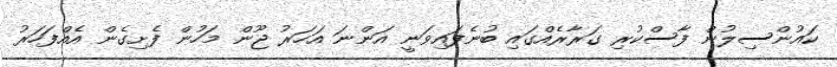
ކައުންސިލުން ފާސްކުރި ގަރާރެއްގައި ބުނެފައިވަނީ އަންނަ އަހަރު ޖޫން މަހުން ފެށިގެން އެއްފަހަރު